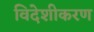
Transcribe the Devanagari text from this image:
विदेशीकरण